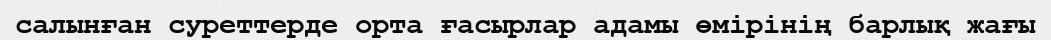
салынған суреттерде орта ғасырлар адамы өмірінің барлық жағы